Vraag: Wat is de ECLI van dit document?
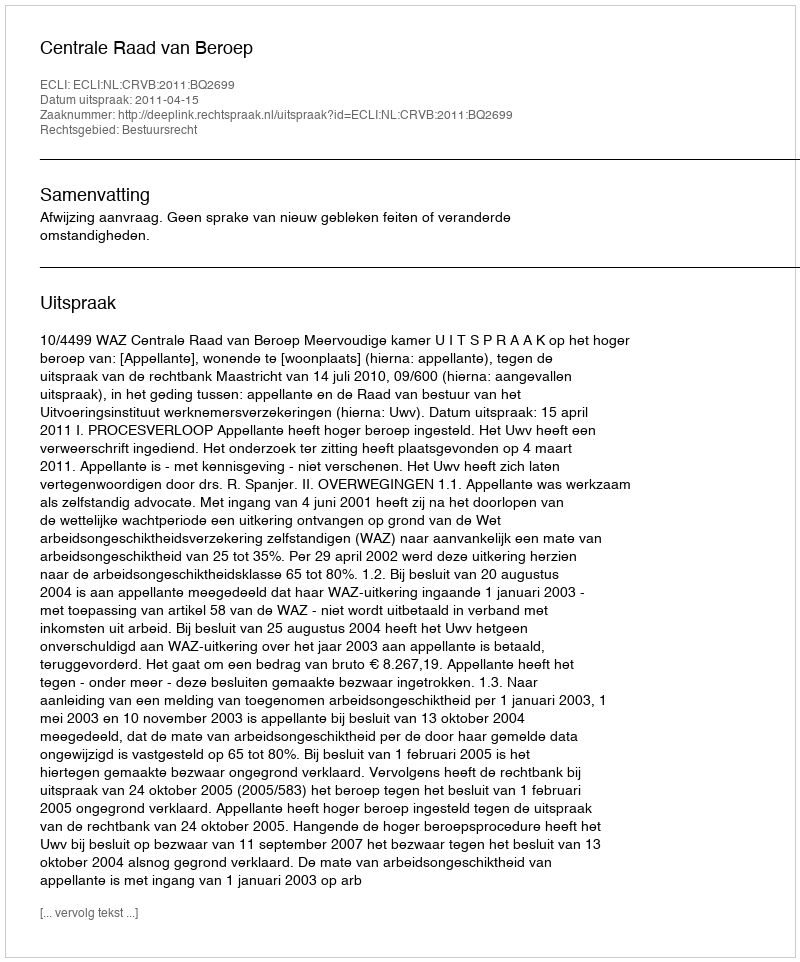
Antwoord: ECLI:NL:CRVB:2011:BQ2699